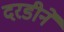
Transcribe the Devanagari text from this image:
दरडीने